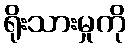
ရိုးသားမှုကို